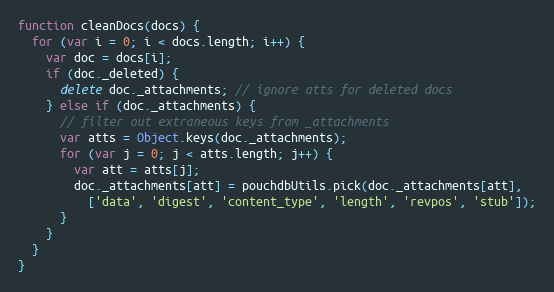
Language: JavaScript
function cleanDocs(docs) {
  for (var i = 0; i < docs.length; i++) {
    var doc = docs[i];
    if (doc._deleted) {
      delete doc._attachments; // ignore atts for deleted docs
    } else if (doc._attachments) {
      // filter out extraneous keys from _attachments
      var atts = Object.keys(doc._attachments);
      for (var j = 0; j < atts.length; j++) {
        var att = atts[j];
        doc._attachments[att] = pouchdbUtils.pick(doc._attachments[att],
          ['data', 'digest', 'content_type', 'length', 'revpos', 'stub']);
      }
    }
  }
}